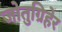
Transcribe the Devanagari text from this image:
जोतुग्रिहेर